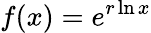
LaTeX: f(x)=e^{r\ln x}